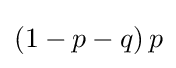
(1-p-q)\,p